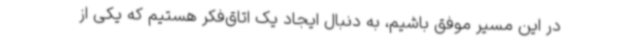
در این مسیر موفق باشیم، به دنبال ایجاد یک اتاق‌فکر هستیم که یکی از